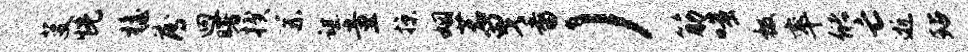
芟恍檐薄迥曙揆系谌童掠姻茗曳番）筋嗤极率储亡逝玷